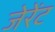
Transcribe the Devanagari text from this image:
जेरेंट